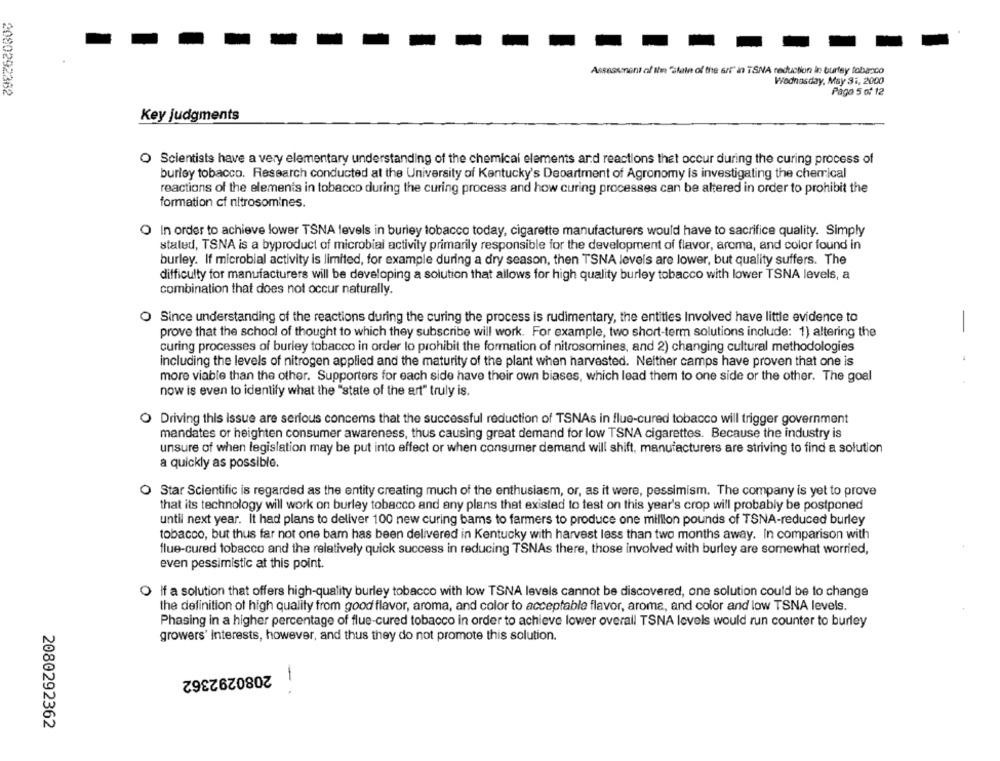
Assessment of the "state of the art" in TSNA reduction in burtey tobacco
Wodnasday, May 31, 2000
2080292362
Pago 5 of 12
Key judgments
O Scientists have a very elementary understanding of the chemical elements and reactions that occur during the curing process of
burley tobacco. Research conducted at the University of Kentucky's Department of Agronomy is investigating the chemical
reactions of the elements in tobacco during the curing process and how curing processes can be altered in order to prohibit the
formation cf nitrosomines.
O In order to achieve lower TSNA levels in burley tobacco today, cigarette manufacturers would have to sacrifice quality. Simply
stated, TSNA is a byproduct of microbial activity primarily responsible for the development of flavor, aroma, and color found in
burley. If microbial activity is limited, for example during a dry season, then TSNA levels are lower, but quality suffers. The
difficulty for manufacturers will be developing a solution that allows for high quality burley tobacco with lower TSNA levels, a
combination that does not occur naturally.
O Since understanding of the reactions during the curing the process is rudimentary, the entities Involved have little evidence to
prove that the school of thought to which they subscribe will work. For example, two short-term solutions include: 1) altering the
curing processes of burley tobacco in order to prohibit the formation of nitrosomines, and 2) changing cultural methodologies
including the levels of nitrogen applied and the maturity of the plant when harvested. Neither camps have proven that one is
more viable than the other. Supporters for each side have their own biases, which lead them to one side or the other. The goal
now is even to identify what the "state of the art" truly is.
O Driving this issue are serious concerns that the successful reduction of TSNAs in flue-cured tobacco will trigger government
mandates or heighten consumer awareness, thus causing great demand for low TSNA cigarettes. Because the industry is
unsure of when legislation may be put into effect or when consumer demand will shift, manufacturers are striving to find a solution
a quickly as possible.
O Star Scientific is regarded as the entity creating much of the enthusiasm, or, as it were, pessimism. The company is yet to prove
that its technology will work on burley tobacco and any plans that existed to test on this year's crop will probably be postponed
until next year. It had plans to deliver 100 new curing bams to farmers to produce one million pounds of TSNA-reduced burley
tobacco, but thus far not one bam has been delivered in Kentucky with harvest less than two months away. In comparison with
flue-cured tobacco and the relatively quick success in reducing TSNAs there, those involved with burley are somewhat worried,
even pessimistic at this point.
If a solution that offers high-quality burley tobacco with low TSNA levels cannot be discovered, one solution could be to change
the definition of high quality from good flavor, aroma, and color to acceptable flavor, aroma, and color and low TSNA levels.
Phasing in a higher percentage of flue-cured tobacco in order to achieve lower overall TSNA levels would run counter to burley
growers' Interests, however, and thus they do not promote this solution.
2080292362
-.
2080292362